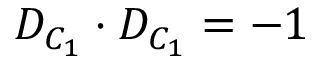
D _ { C _ { 1 } } \cdot D _ { C _ { 1 } } = - 1